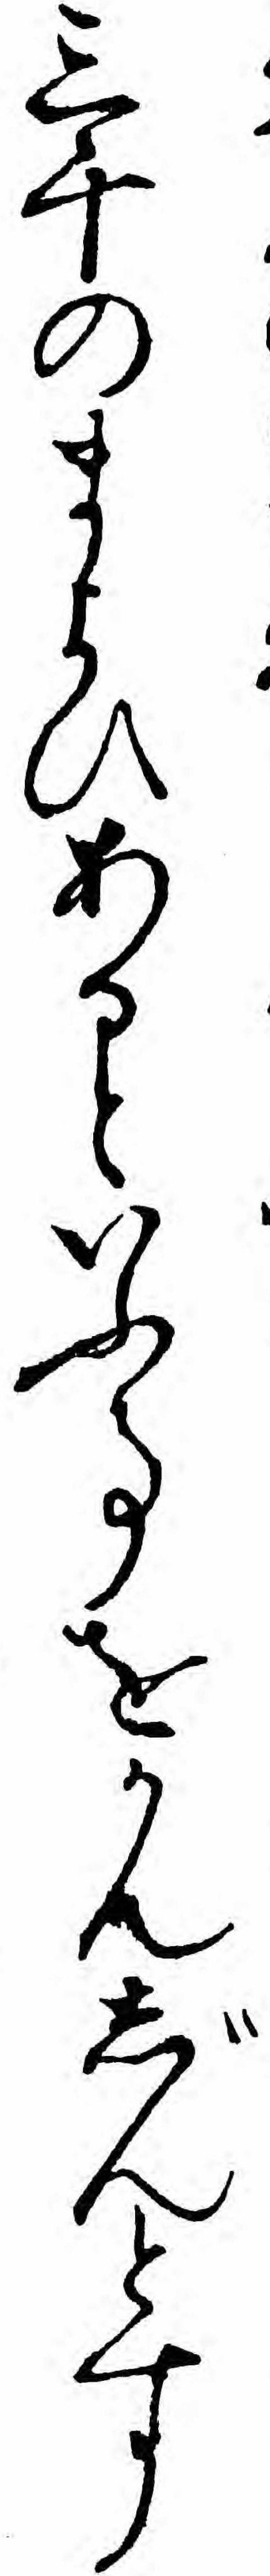
三千のまよひあるといふ事をかんじんとす